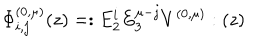
\Phi _ { i , j } ^ { ( 0 , \mu ) } ( z ) = : E _ { 2 } ^ { i } E _ { 3 } ^ { \mu - j } V ^ { ( 0 , \mu ) } : ( z )